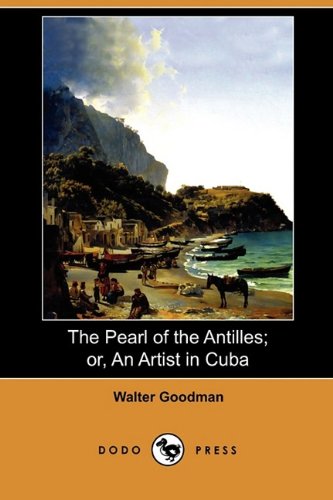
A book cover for The Pearl of the Antilles; Or, an Artist in Cuba (Dodo Press); Walter Goodman; Travel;